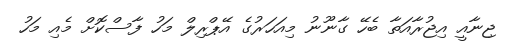
ޖިނާއީ އިޖުރާއަތާ ބެހޭ ގާނޫނު މިއަހަރުގެ އޭޕްރިލް މަހު ފާސްކޮށް މެއި މަހު